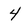
Character: 4